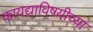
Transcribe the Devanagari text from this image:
कायद्याविषयीच्या